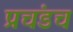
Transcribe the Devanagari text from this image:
प्रचंडच